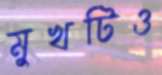
মুখটিও